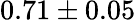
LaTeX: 0.71\pm 0.05